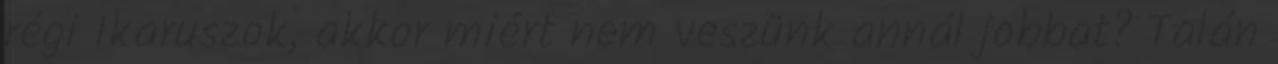
régi Ikaruszok, akkor miért nem veszünk annál jobbat? Talán